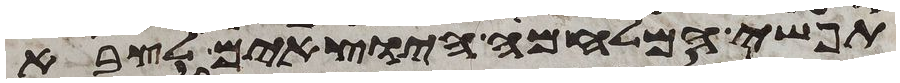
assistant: תפשי המלחמה היוצאים לצבא